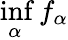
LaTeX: \operatorname*{inf}_{\alpha}f_{\alpha}